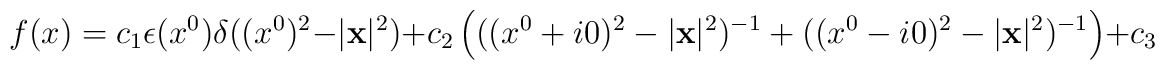
f(x) = c_{1}\epsilon (x^{0}) \delta ((x^{0})^{2} - |{\bf x}|^{2}) + c_{2}\left( ((x^{0} + i0)^{2} - |{\bf x}|^{2})^{- 1} +((x^{0} - i0)^{2} - |{\bf x}|^{2})^{- 1} \right) + c_{3}